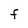
Character: F